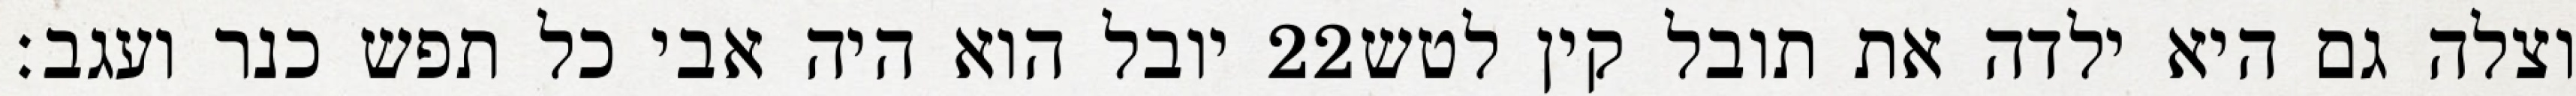
יובל הוא היה אבי כל תפש כנר ועגב׃ ‎22‏ וצלה גם היא ילדה את תובל קין לטש